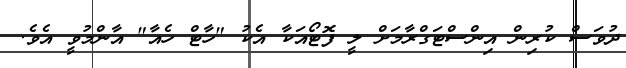
ދުވަސް ކުރިން އިންސްޓަގްރާމަށް ލީ ފޮޓޯއަކާ އެކު "ހާޓް ހެއާ" އާންމުވީ އެވެ.